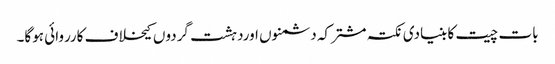
بات چیت کا بنیادی نکتہ مشترکہ دشمنوں اوردہشت گردوں کیخلاف کارروائی ہوگا۔